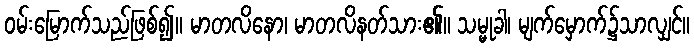
ဝမ်းမြောက်သည်ဖြစ်၍။ မာတလိနော၊ မာတလိနတ်သား၏။ သမ္မုခါ၊ မျက်မှောက်၌သာလျှင်။